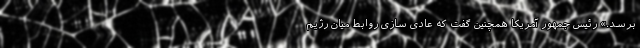
برسد.» رئیس جمهور آمریکا همچنین گفت که عادی سازی روابط میان رژیم